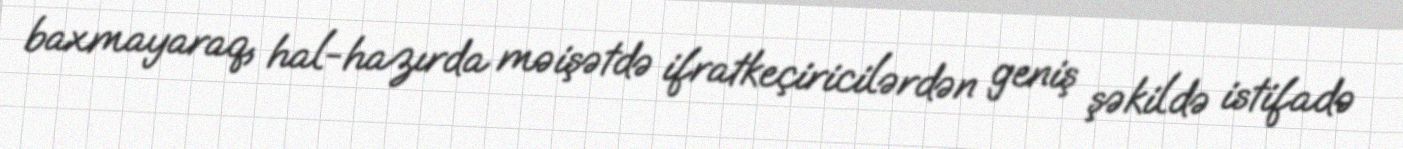
baxmayaraq, hal-hazırda məişətdə ifratkeçiricilərdən geniş şəkildə istifadə